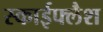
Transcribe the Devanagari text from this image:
स्काईफ्लैश